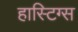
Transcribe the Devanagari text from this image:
हास्टिग्स